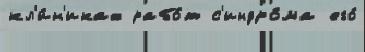
кл'и́н'иках рабо́т с'индро́ма его́